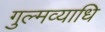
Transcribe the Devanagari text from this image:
गुल्मव्याधि